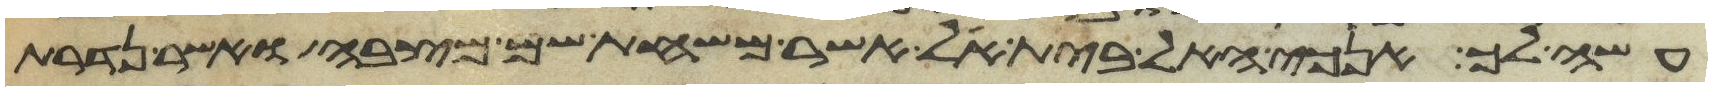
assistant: עשה לך אנכי האל בית אל אשר משחת שם מצבה ואשר נדרת